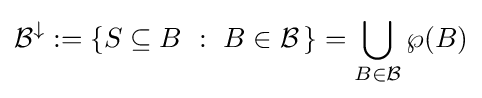
{\mathcal {B}}^{\downarrow }:=\left\{S\subseteq B~:~B\in {\mathcal {B}}\,\right\}=\bigcup _{B\in {\mathcal {B}}}\wp (B)